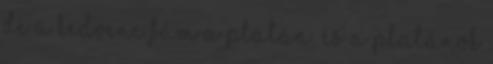
de a kedvenc fám a platán, és a platánok